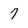
Character: 7